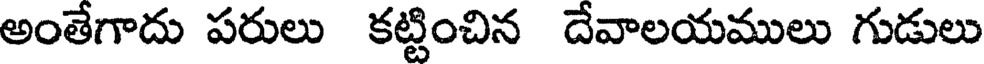
అంతేగాదు పరులు కట్టించిన దేవాలయములు గుడులు